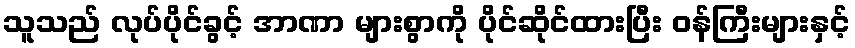
သူသည် လုပ်ပိုင်ခွင့် အာဏာ များစွာကို ပိုင်ဆိုင်ထားပြီး ဝန်ကြီးများနှင့်